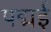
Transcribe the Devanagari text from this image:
पद्मई